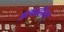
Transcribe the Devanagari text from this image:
आषाढीला